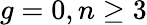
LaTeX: g=0,n\geq 3